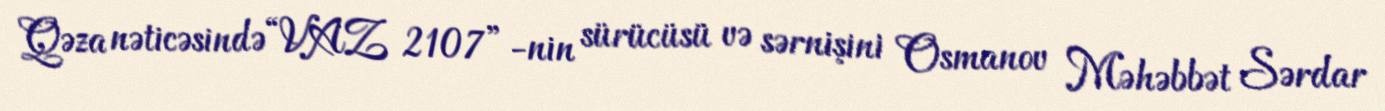
Qəza nəticəsində “VAZ 2107”-nin sürücüsü və sərnişini Osmanov Məhəbbət Sərdar